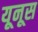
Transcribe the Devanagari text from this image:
यूनूस